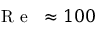
\mathrm { ~ \textit ~ { ~ R ~ e ~ } ~ } \approx 1 0 0